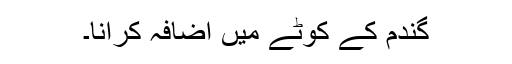
گندم کے کوٹے میں اضافہ کرانا۔